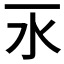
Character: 𣱳